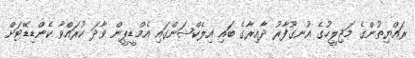
ރައްޔިތުންގެ މަޖިލީހުގެ އުނގޫފާރު ދާއިރާގެ ބައި އިލެކްޝަންގައި އެމްޑީޕީން ވާދަ ކުރައްވާ ކެންޑިޑޭޓަށް